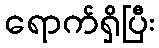
ရောက်ရှိပြီး